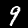
Label: 9